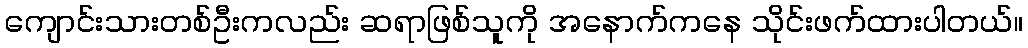
ကျောင်းသားတစ်ဦးကလည်း ဆရာဖြစ်သူကို အနောက်ကနေ သိုင်းဖက်ထားပါတယ်။